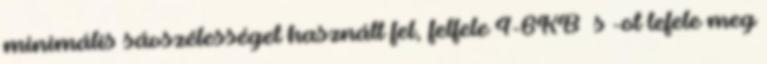
minimális sávszélességet használt fel, felfele 4-6KB s -ot lefele meg